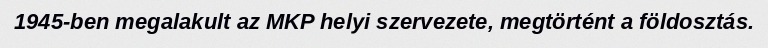
1945-ben megalakult az MKP helyi szervezete, megtörtént a földosztás.